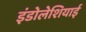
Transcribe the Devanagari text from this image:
इंडोलेशियाई